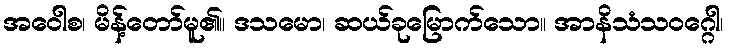
အဝေါစ၊ မိန့်တော်မူ၏။ ဒသမော၊ ဆယ်ခုမြောက်သော။ အာနိသံသဝဂ္ဂေါ၊